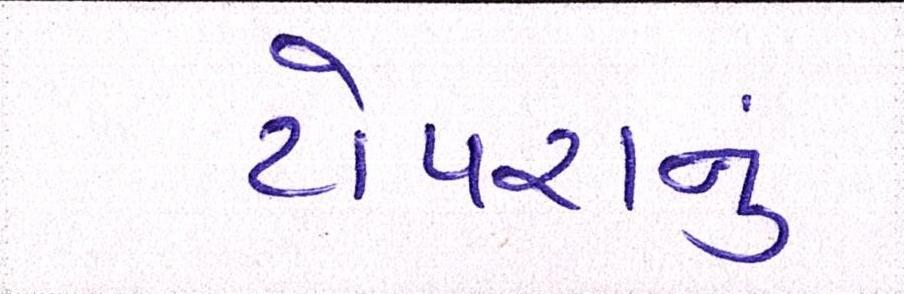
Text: ટોપરાનું